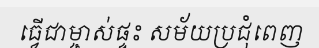
ធ្វើជាម្ចាស់ផ្ទះ សម័យប្រជុំពេញ